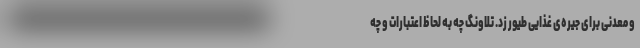
و معدنی برای جیره‌ی غذایی طیور زد. تلاونگ چه به لحاظ اعتبارات و چه